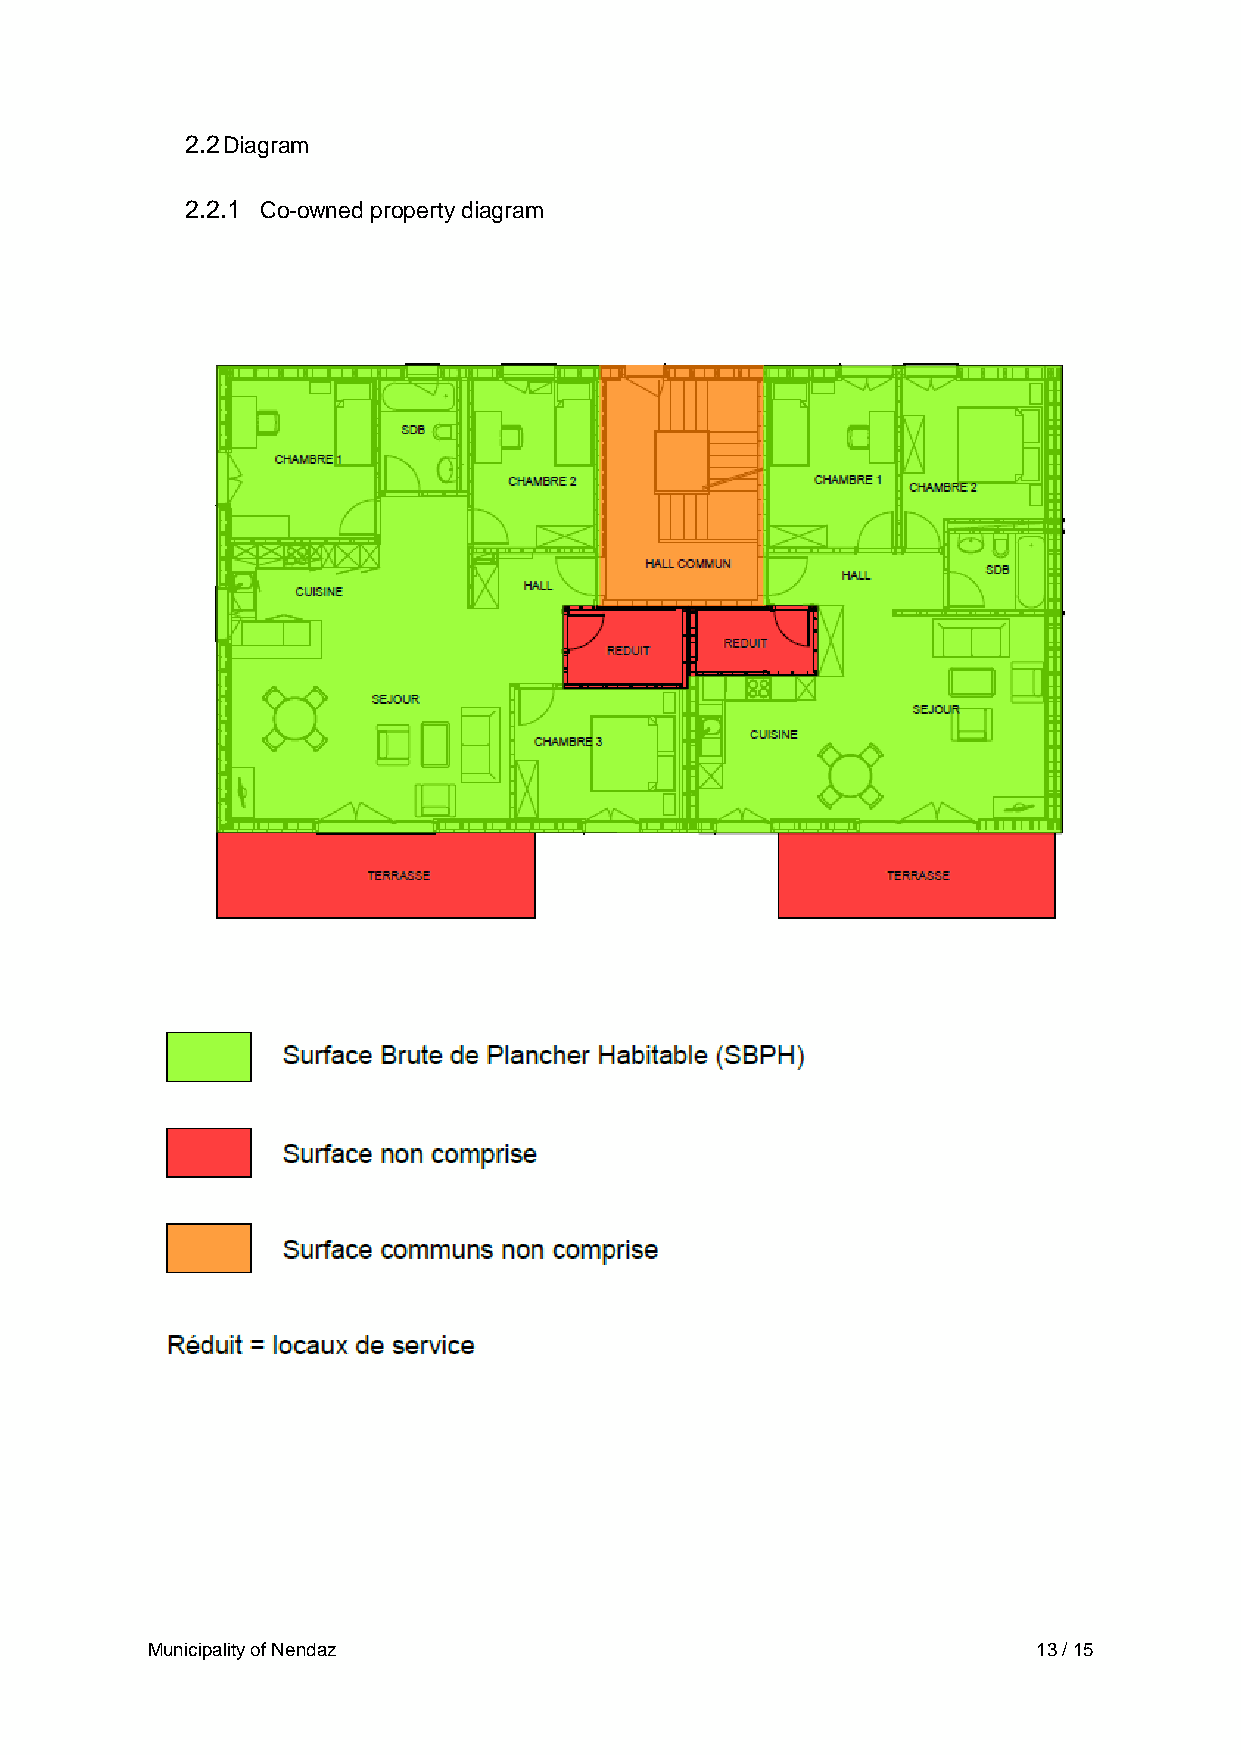
2.2 Diagram
 2.2.1 Co-owned property diagram
 Municipality of Nendaz                                     13 / 15